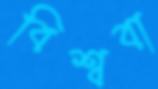
বিশ্ববা